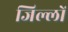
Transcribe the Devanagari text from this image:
जिल्लों